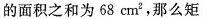
的面积之和为68cm^{2}，那么矩